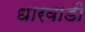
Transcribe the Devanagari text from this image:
धारवाडी